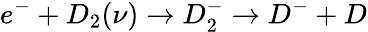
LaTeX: e^{-}+D_{2}(\nu)\rightarrow D_{2}^{-}\rightarrow D^{-}+D